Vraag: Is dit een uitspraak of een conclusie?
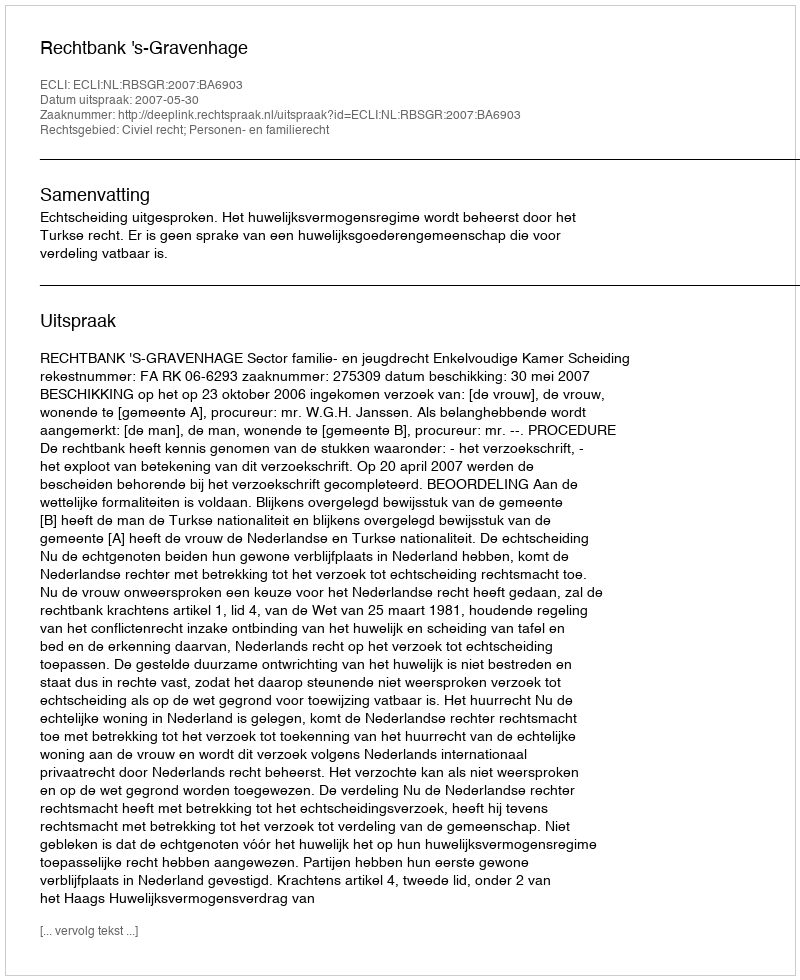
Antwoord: Uitspraak